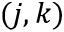
( j , k )